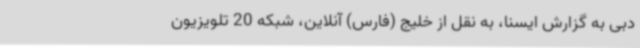
دبی به گزارش ایسنا، به نقل از خلیج (فارس) آنلاین، شبکه 20 تلویزیون